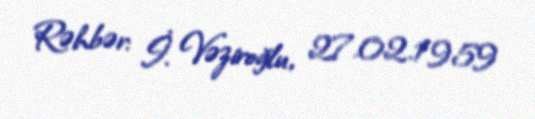
Rəhbər: İ. Vəziroğlu, 27.02.1959